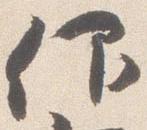
仰